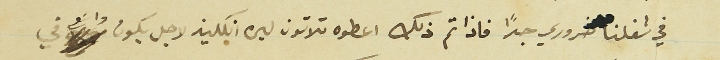
في شغلنا ضروري جدًا فاذا تم ذلك اعطوه ثلاثون ليره انكليز لاجل يكون واسَع في